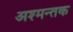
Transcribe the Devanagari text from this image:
अश्मन्तक